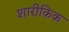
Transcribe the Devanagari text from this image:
शारीकिक